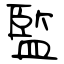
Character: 監